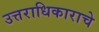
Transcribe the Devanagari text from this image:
उत्तराधिकाराचे